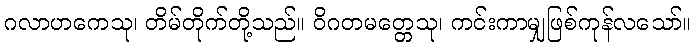
ဂလာဟကေသု၊ တိမ်တိုက်တို့သည်။ ဝိဂတမတ္တေသု၊ ကင်းကာမျှဖြစ်ကုန်လသော်။